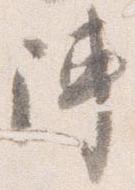
陣